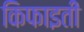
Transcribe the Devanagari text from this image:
किफाइती